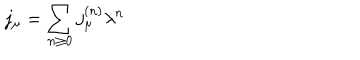
LaTeX: j _ { \mu } = \sum _ { n \ge 0 } j _ { \mu } ^ { ( n ) } \lambda ^ { n }